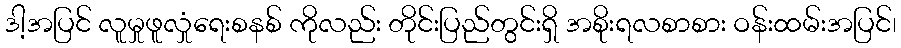
ဒါ့အပြင် လူမှုဖူလှုံရေးစနစ် ကိုလည်း တိုင်းပြည်တွင်းရှိ အစိုးရလစာစား ဝန်းထမ်းအပြင်၊